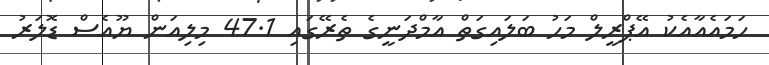
ހަމައެއާއެކު އޭޕްރީލް މަހު ބަލައިގަތް އާމްދަނީގެ ތެރޭގައި 47.1 މިލިއަން ޔޫއެސް ޑޮލަރު